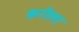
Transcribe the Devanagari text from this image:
करीला